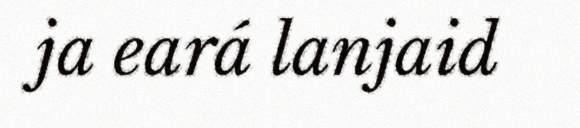
ja eará lanjaid